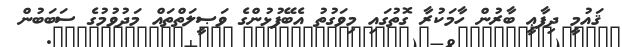
ޤައުމީ ދިފާޢީ ބާރުން ހާމަކުރާ ގޮތުގައި މިވަގުތު އެބޭފުޅުންގެ ވަޞީލަތްތައް މަދުވުމުގެ ސަބަބުން